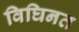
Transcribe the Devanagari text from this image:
विघिनत